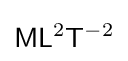
{\mathsf {M}}{\mathsf {L}}^{2}{\mathsf {T}}^{-2}